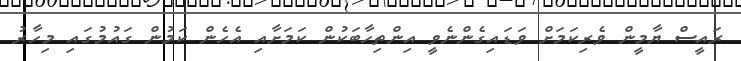
ރައީސް ޔާމީން ވެރިކަމަށް ވަޑައިގެންނެވީ އިންތިހާބަކުން ކަމަށާއި އެހެން ކަމުން ގައުމުގައި މިހާރު